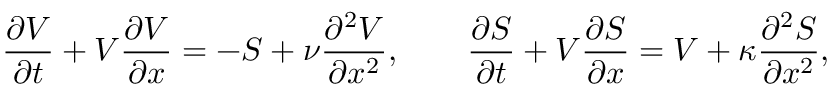
\displaystyle { \frac { \partial V } { \partial t } } + V \displaystyle { \frac { \partial V } { \partial x } } = - S + \nu \displaystyle { \frac { \partial ^ { 2 } V } { \partial x ^ { 2 } } } , \qquad \displaystyle { \frac { \partial S } { \partial t } } + V \displaystyle { \frac { \partial S } { \partial x } } = V + \kappa \displaystyle { \frac { \partial ^ { 2 } S } { \partial x ^ { 2 } } } ,